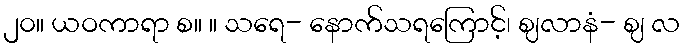
၂၀။ ယဝကာရာ စ။ ။ သရေ- နောက်သရကြောင့်၊ ဈလာနံ- ဈ လ